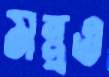
মন্ত্রও